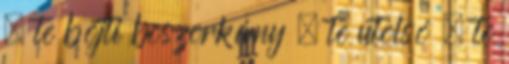
. te böjti boszorkány . te utolsó . te